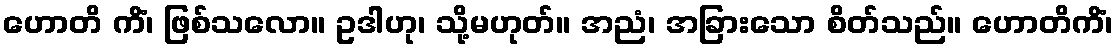
ဟောတိ ကိံ၊ ဖြစ်သလော။ ဥဒါဟု၊ သို့မဟုတ်။ အညံ၊ အခြားသော စိတ်သည်။ ဟောတိကိံ၊